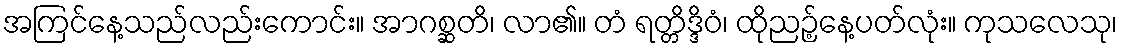
အကြင်နေ့သည်လည်းကောင်း။ အာဂစ္ဆတိ၊ လာ၏။ တံ ရတ္တိဒ္ဒိဝံ၊ ထိုညဉ့်နေ့ပတ်လုံး။ ကုသလေသု၊